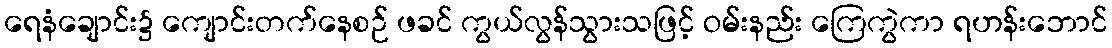
ရေနံချောင်း၌ ကျောင်းတက်နေစဉ် ဖခင် ကွယ်လွန်သွားသဖြင့် ဝမ်းနည်း ကြေကွဲကာ ရဟန်းဘောင်